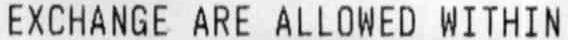
EXCHANGE ARE ALLOWED WITHIN